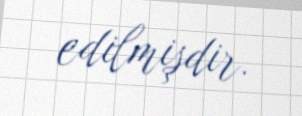
edilmişdir.